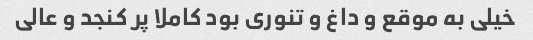
خیلی به موقع و داغ و تنوری بود کاملا پر کنجد و عالی